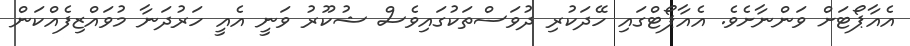
އެއާޕޯޓަށް ވަންނާށެވެ. އެއާޕޯޓްގައި ހޭދަކުރި ދުވަސްތަކުގައިވެސް ޝުކޫރު ވަނީ އެއީ ހަރުދަނާ މުވައްޒިފެއްކަން